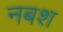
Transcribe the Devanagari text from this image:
नबश